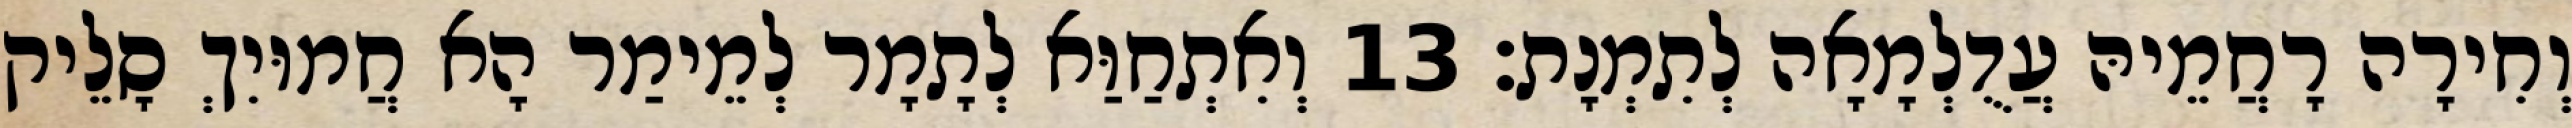
וְחִירָה רָחֲמֵיהּ עֲדֻלְמָאָה לְתִמְנָת׃ 13 וְאִתְחַוַּא לְתָמָר לְמֵימַר הָא חֲמוּיִךְ סָלֵיק